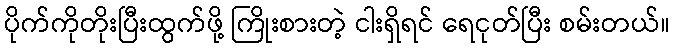
ပိုက်ကိုတိုးပြီးထွက်ဖို့ ကြိုးစားတဲ့ ငါးရှိရင် ရေငုတ်ပြီး စမ်းတယ်။